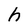
Character: h